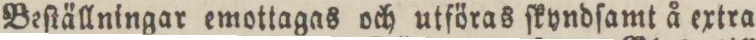
Beſtällningar emottagas och utföras ſkyndſamt å extra